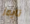
تايمز